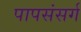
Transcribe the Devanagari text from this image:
पापसंसर्ग